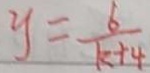
y = \frac { 6 } { k + 4 }